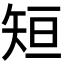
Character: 𮀂